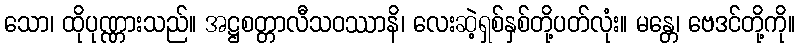
သော၊ ထိုပုဏ္ဏားသည်။ အဋ္ဌစတ္တာလီသဝဿာနိ၊ လေးဆဲ့ရှစ်နှစ်တို့ပတ်လုံး။ မန္တေ၊ ဗေဒင်တို့ကို။